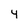
Character: 4